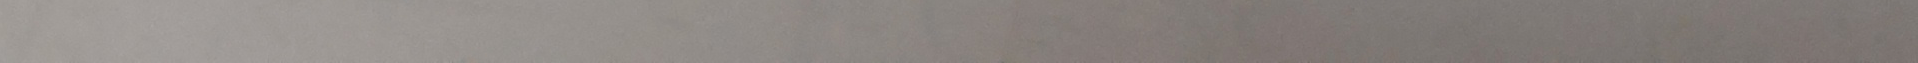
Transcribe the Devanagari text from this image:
यो कानुनी अधिकारको बारेमा कुनै निकासी गर्ने व्यवस्था छैन।